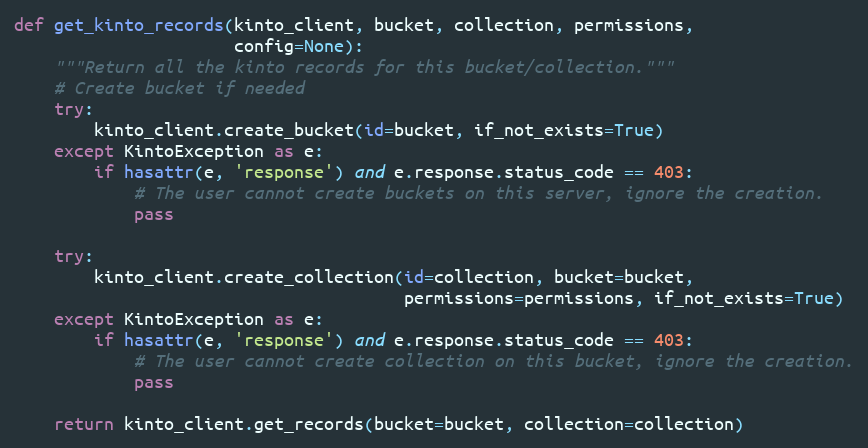
Language: Python
def get_kinto_records(kinto_client, bucket, collection, permissions,
                      config=None):
    """Return all the kinto records for this bucket/collection."""
    # Create bucket if needed
    try:
        kinto_client.create_bucket(id=bucket, if_not_exists=True)
    except KintoException as e:
        if hasattr(e, 'response') and e.response.status_code == 403:
            # The user cannot create buckets on this server, ignore the creation.
            pass

    try:
        kinto_client.create_collection(id=collection, bucket=bucket,
                                       permissions=permissions, if_not_exists=True)
    except KintoException as e:
        if hasattr(e, 'response') and e.response.status_code == 403:
            # The user cannot create collection on this bucket, ignore the creation.
            pass

    return kinto_client.get_records(bucket=bucket, collection=collection)